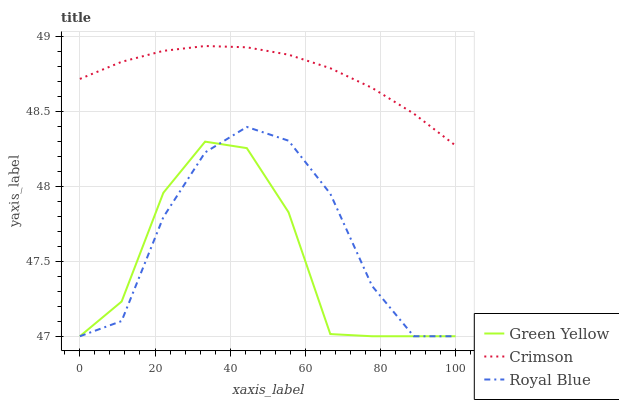
| xaxis_label | Green Yellow | Crimson | Royal Blue |
 | --- | --- | --- | --- |
 | 0 | 47 | 48.7 | 47 |
 | 11.1 | 47.2 | 48.8 | 47.1 |
 | 22.2 | 48 | 48.9 | 47.8 |
 | 33.3 | 48.3 | 48.9 | 48.2 |
 | 44.4 | 48.3 | 48.9 | 48.4 |
 | 55.6 | 47.8 | 48.9 | 48.3 |
 | 66.7 | 47 | 48.8 | 48 |
 | 77.8 | 47 | 48.7 | 47.3 |
 | 88.9 | 47 | 48.5 | 47 |
 | 100 | 47 | 48.3 | 47 |